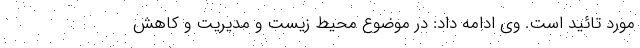
مورد تائید است. وی ادامه داد: در موضوع محیط زیست و مدیریت و کاهش